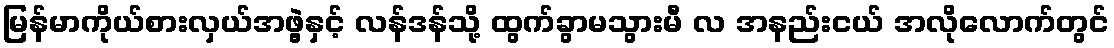
မြန်မာကိုယ်စားလှယ်အဖွဲ့နှင့် လန်ဒန်သို့ ထွက်ခွာမသွားမီ လ အနည်းငယ် အလိုလောက်တွင်